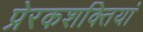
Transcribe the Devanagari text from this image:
प्रेरकशक्तियां